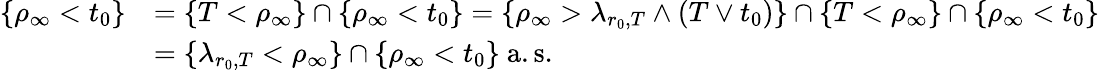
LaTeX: \begin{array}{rl}{\{ \rho_{\infty}<t_{0}\} }&{=\{ T<\rho_{\infty}\} \cap\{ \rho_{\infty}<t_{0}\} =\{ \rho_{\infty}>\lambda_{r_{0},T}\wedge(T\vee t_{0})\} \cap\{ T<\rho_{\infty}\} \cap\{ \rho_{\infty}<t_{0}\} }\\ &{=\{ \lambda_{r_{0},T}<\rho_{\infty}\} \cap\{ \rho_{\infty}<t_{0}\} \mathrm{~a.s.}}\end{array}